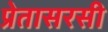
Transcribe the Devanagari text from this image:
प्रेतासरसी